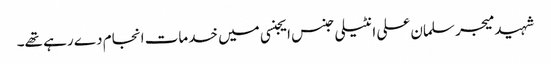
شہید میجر سلمان علی انٹیلی جنس ایجنسی میں خدمات انجام دے رہے تھے۔